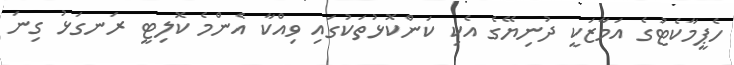
ހެޕީމާކެޓުގެ އަމާޒަކީ ދުނިޔޭގެ އެކި ކަންކޮޅުތަކުގައި ވިއްކާ އެންމެ ކޮލިޓީ ރަނގަޅު ގިނަ